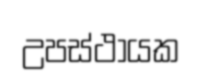
උපස්ථායක